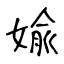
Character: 婾